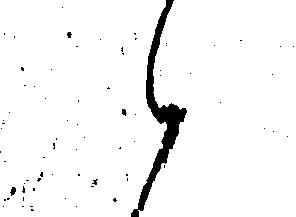
え